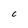
Character: C